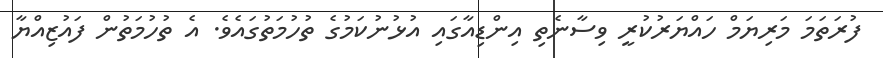
ފުރަތަމަ މަރިޔަމް ހައްޔަރުކުރީ ވިސާނެތި އިންޑިއާގައި އުޅުނުކަމުގެ ތުހުމަތުގައެވެ. އެ ތުހުމަތުން ފައުޒިއްޔާ